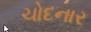
ચોદનાર